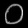
Digit: ၀